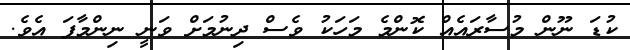
ކުޑަ ނޫން މުސާރައެއް ކޮންމެ މަހަކު ވެސް ދިނުމަށް ވަނީ ނިންމާފަ އެވެ.